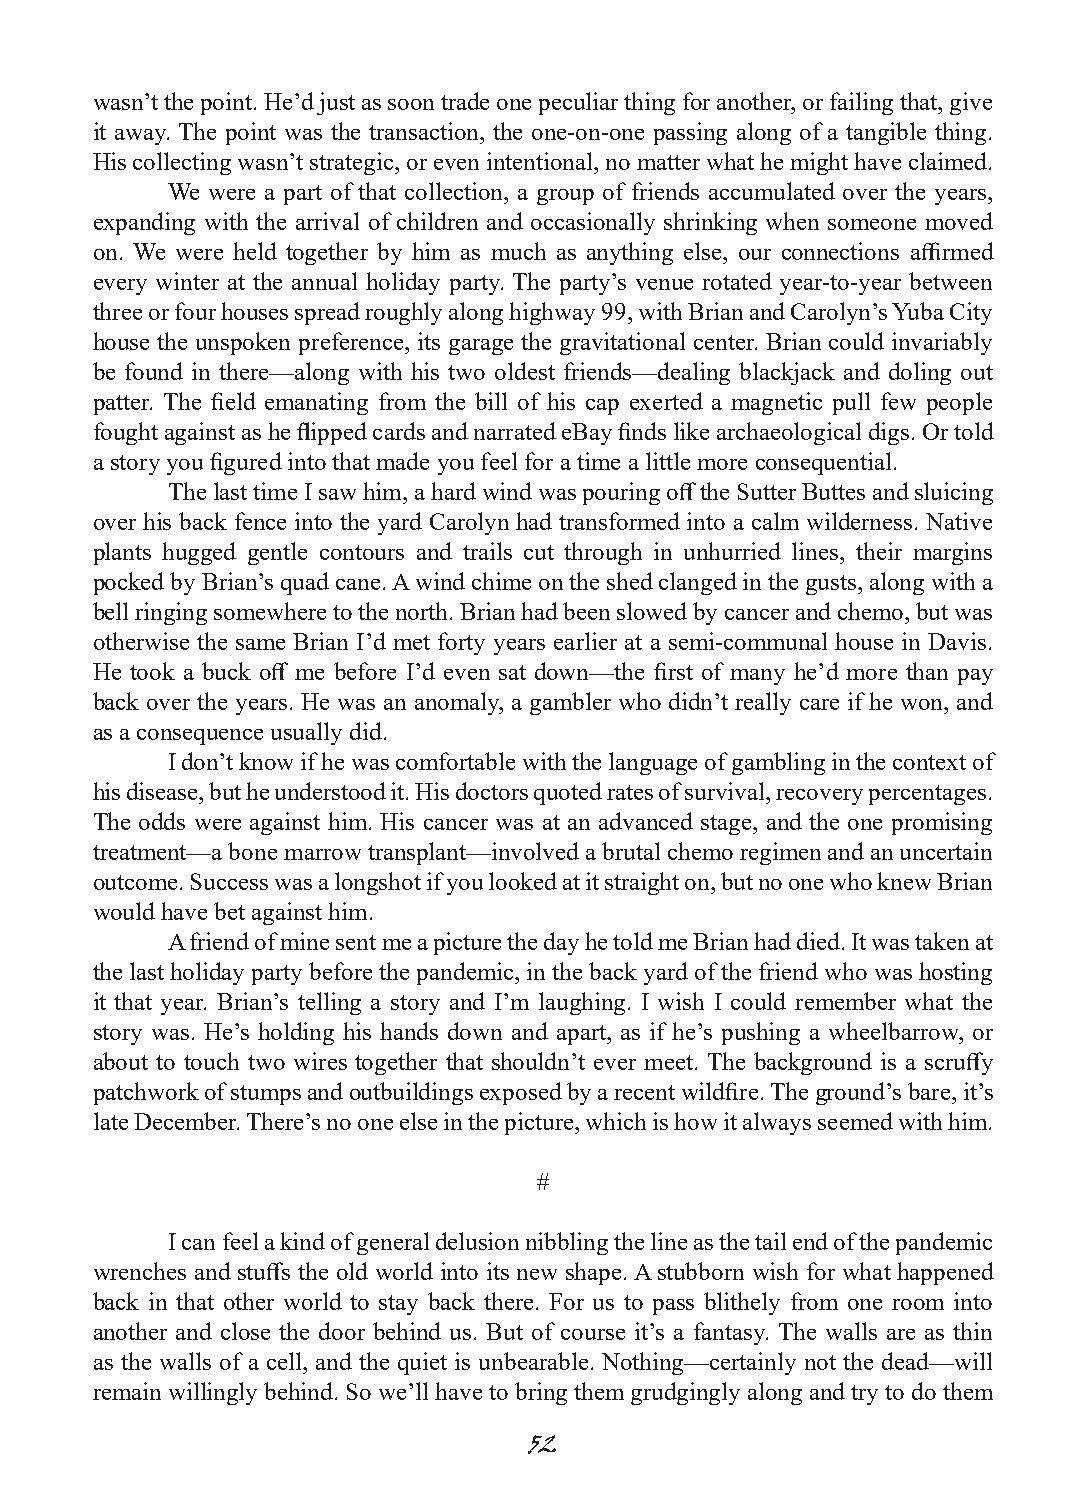
wasn’t the point. He’d just as soon trade one peculiar thing for another, or failing that, give
 it away. The point was the transaction, the one-on-one passing along of a tangible thing.
 His collecting wasn’t strategic, or even intentional, no matter what he might have claimed.
 We were a part of that collection, a group of friends accumulated over the years,
 expanding with the arrival of children and occasionally shrinking when someone moved
 on. We were held together by him as much as anything else, our connections affirmed
 every winter at the annual holiday party. The party’s venue rotated year-to-year between
 three or four houses spread roughly along highway 99, with Brian and Carolyn’s Yuba City
 house the unspoken preference, its garage the gravitational center. Brian could invariably
 be found in there—along with his two oldest friends—dealing blackjack and doling out
 patter. The field emanating from the bill of his cap exerted a magnetic pull few people
 fought against as he flipped cards and narrated eBay finds like archaeological digs. Or told
 a story you figured into that made you feel for a time a little more consequential.
 The last time I saw him, a hard wind was pouring off the Sutter Buttes and sluicing
 over his back fence into the yard Carolyn had transformed into a calm wilderness. Native
 plants hugged gentle contours and trails cut through in unhurried lines, their margins
 pocked by Brian’s quad cane. A wind chime on the shed clanged in the gusts, along with a
 bell ringing somewhere to the north. Brian had been slowed by cancer and chemo, but was
 otherwise the same Brian I’d met forty years earlier at a semi-communal house in Davis.
 He took a buck off me before I’d even sat down—the first of many he’d more than pay
 back over the years. He was an anomaly, a gambler who didn’t really care if he won, and
 as a consequence usually did.
 I don’t know if he was comfortable with the language of gambling in the context of
 his disease, but he understood it. His doctors quoted rates of survival, recovery percentages.
 The odds were against him. His cancer was at an advanced stage, and the one promising
 treatment—a bone marrow transplant—involved a brutal chemo regimen and an uncertain
 outcome. Success was a longshot if you looked at it straight on, but no one who knew Brian
 would have bet against him.
 A friend of mine sent me a picture the day he told me Brian had died. It was taken at
 the last holiday party before the pandemic, in the back yard of the friend who was hosting
 it that year. Brian’s telling a story and I’m laughing. I wish I could remember what the
 story was. He’s holding his hands down and apart, as if he’s pushing a wheelbarrow, or
 about to touch two wires together that shouldn’t ever meet. The background is a scruffy
 patchwork of stumps and outbuildings exposed by a recent wildfire. The ground’s bare, it’s
 late December. There’s no one else in the picture, which is how it always seemed with him.
 #
 I can feel a kind of general delusion nibbling the line as the tail end of the pandemic
 wrenches and stuffs the old world into its new shape. A stubborn wish for what happened
 back in that other world to stay back there. For us to pass blithely from one room into
 another and close the door behind us. But of course it’s a fantasy. The walls are as thin
 as the walls of a cell, and the quiet is unbearable. Nothing—certainly not the dead—will
 remain willingly behind. So we’ll have to bring them grudgingly along and try to do them
 52